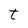
Character: t